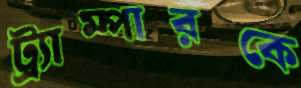
ট্র্যাম্পারকে